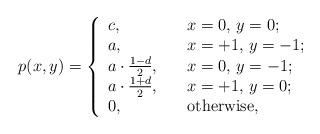
LaTeX: \begin{align*}p(x,y)=\left\{\begin{array}{ll}c, & \quad\hbox{$x=0$, $y=0$;} \\a, & \quad\hbox{$x=+1$, $y=-1$;} \\a\cdot \frac{1 - d}{2}, & \quad\hbox{$x=0$, $y=-1$;} \\a\cdot \frac{1 + d}{2}, & \quad\hbox{$x=+1$, $y=0$;} \\0, & \quad\hbox{otherwise,}\end{array}\right.\end{align*}